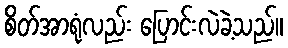
စိတ်အာရုံလည်း ပြောင်းလဲခဲ့သည်။